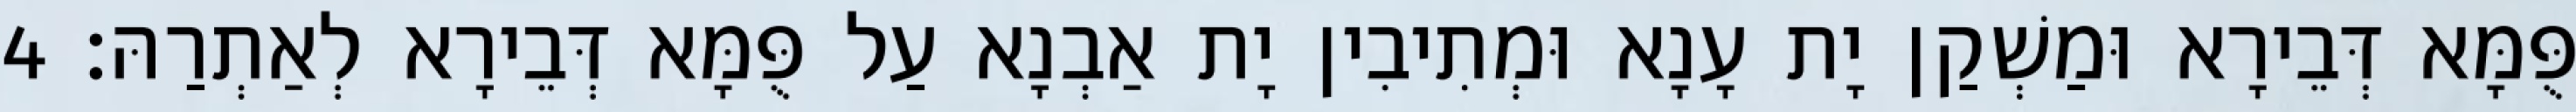
פֻּמָּא דְּבֵירָא וּמַשְׁקַן יָת עָנָא וּמְתִיבִין יָת אַבְנָא עַל פֻּמָּא דְּבֵירָא לְאַתְרַהּ׃ 4